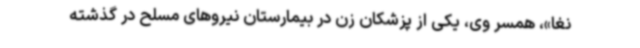
نغا»، همسر وی، یکی از پزشکان زن در بیمارستان نیروهای مسلح در گذشته